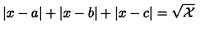
\left| x - a \right| + \left| x - b \right| + \left| x - c \right| = \sqrt { \mathcal { X } }